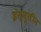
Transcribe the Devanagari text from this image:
इंस्यूलीन